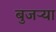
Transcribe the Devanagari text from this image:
बुजऱ्या